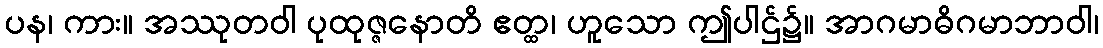
ပန၊ ကား။ အဿုတဝါ ပုထုဇ္ဇနောတိ ဧတ္ထ၊ ဟူသော ဤပါဌ်၌။ အာဂမာဓိဂမာဘာဝါ၊